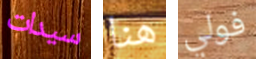
سيدات هنا فولي